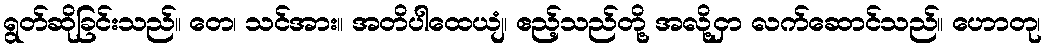
ရွတ်ဆိုခြင်းသည်။ တေ၊ သင်အား။ အတိပါထေယျံ၊ ဧည့်သည်တို့ အလို့ငှာ လက်ဆောင်သည်။ ဟောတု၊